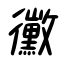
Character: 黴